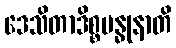
ဒေသိတာဒိစ္စဗန္ဓုနာတိ